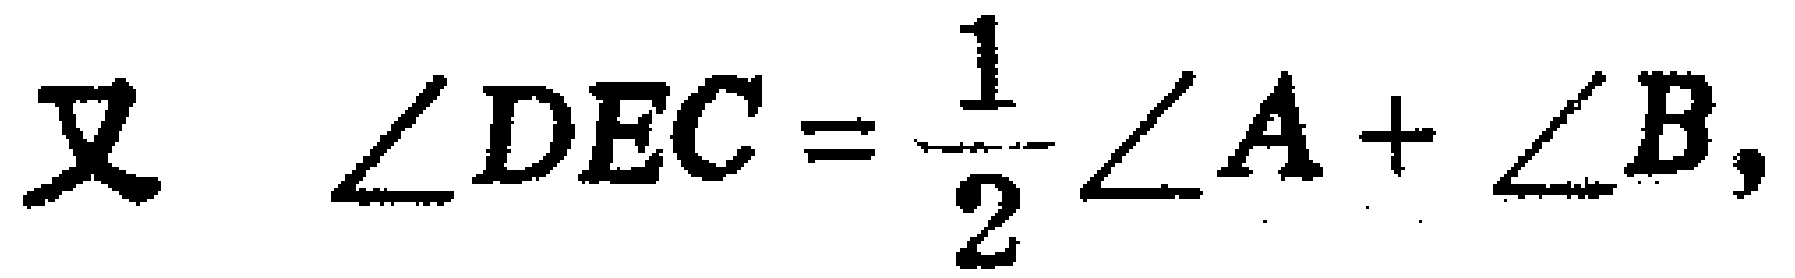
又 $\angle DEC=\dfrac{1}{2}\angle A+\angle B,$